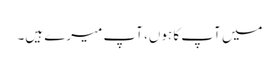
میں آپ کا ہوں، آپ میرے ہیں۔